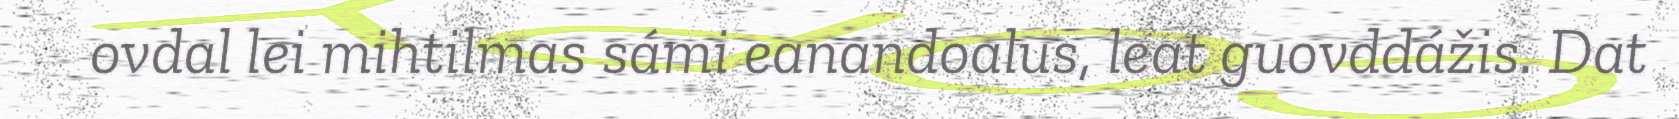
ovdal lei mihtilmas sámi eanandoalus, leat guovddážis. Dat